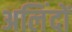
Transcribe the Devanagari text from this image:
अलिंदों